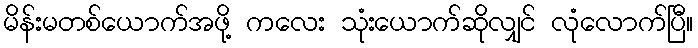
မိန်းမတစ်ယောက်အဖို့ ကလေး သုံးယောက်ဆိုလျှင် လုံလောက်ပြီ။